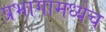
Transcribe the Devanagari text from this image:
प्रभागामध्येच